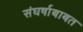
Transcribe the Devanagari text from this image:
संघर्षाबाबत